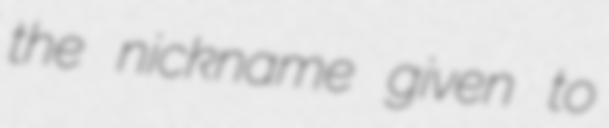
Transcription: the nickname given to